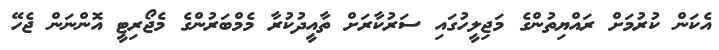
އެކަން ކުރުމަށް ރައްޔިތުންގެ މަޖިލީހުގައި ސަރުކާރަށް ތާއީދުކުރާ މެމްބަރުންގެ މެޖޯރިޓީ އޮންނަން ޖެހޭ